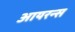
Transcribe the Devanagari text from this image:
आयरन्‍स